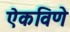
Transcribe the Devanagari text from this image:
ऐकविणे